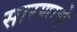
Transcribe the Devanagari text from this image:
सारणाचे